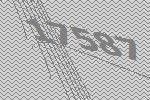
17587